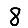
Digit: 8